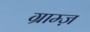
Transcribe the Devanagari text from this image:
ग्राम्ज़